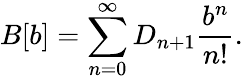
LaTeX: B[b]=\sum_{n=0}^{\infty}D_{n+1}\frac{b^{n}}{n!}.